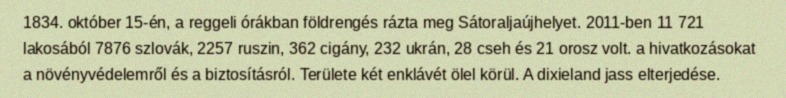
1834. október 15-én, a reggeli órákban földrengés rázta meg Sátoraljaújhelyet. 2011-ben 11 721 lakosából 7876 szlovák, 2257 ruszin, 362 cigány, 232 ukrán, 28 cseh és 21 orosz volt. a hivatkozásokat a növényvédelemről és a biztosításról. Területe két enklávét ölel körül. A dixieland jass elterjedése.